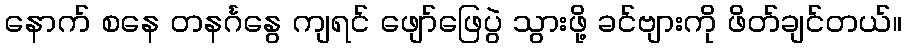
နောက် စနေ တနင်္ဂနွေ ကျရင် ဖျော်ဖြေပွဲ သွားဖို့ ခင်ဗျားကို ဖိတ်ချင်တယ်။